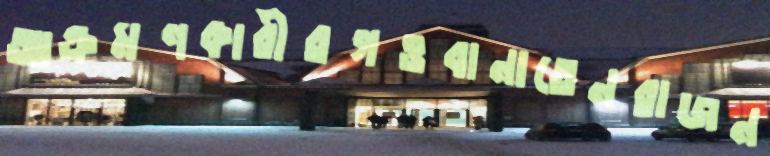
আক্রমণকারীরগওবানাতেনরাজন